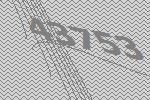
43753